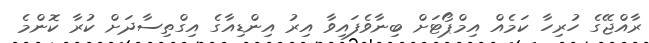
ރާއްޖޭގެ ހުރިހާ ކަމެއް އިމްޕޯޓަށް ބިނާވެފައިވާ އިރު އިންޑިއާގެ އިގްތިސާދަށް ކުރާ ކޮންމެ